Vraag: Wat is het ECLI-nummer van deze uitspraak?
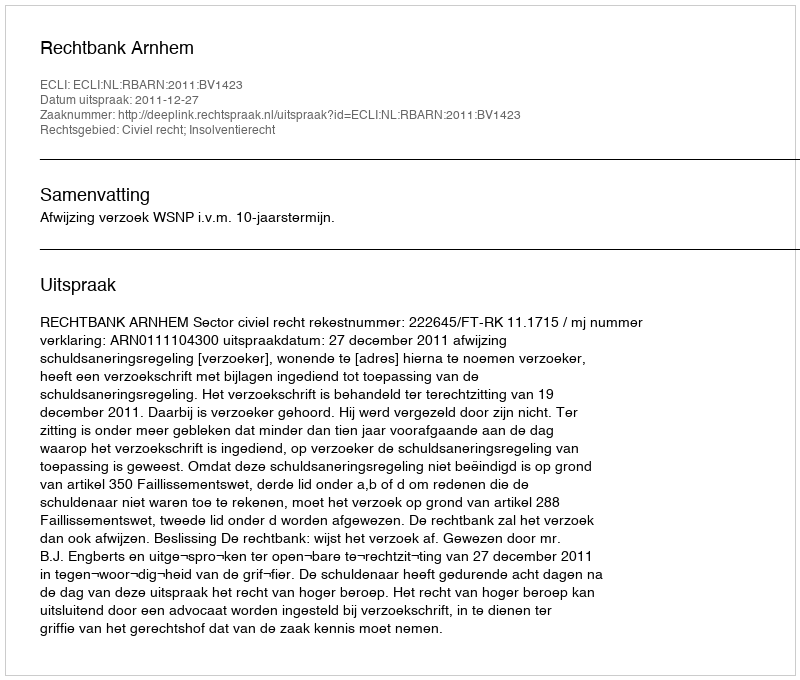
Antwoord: ECLI:NL:RBARN:2011:BV1423